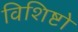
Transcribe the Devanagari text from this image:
विशिष्टो